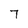
Character: 7